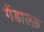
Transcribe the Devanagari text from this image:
गैंडाल्फ़